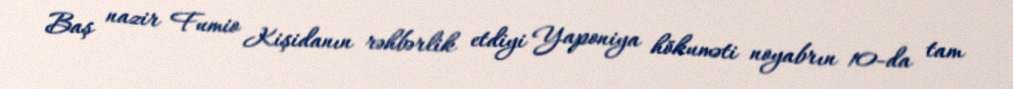
Baş nazir Fumio Kişidanın rəhbərlik etdiyi Yaponiya hökuməti noyabrın 10-da tam